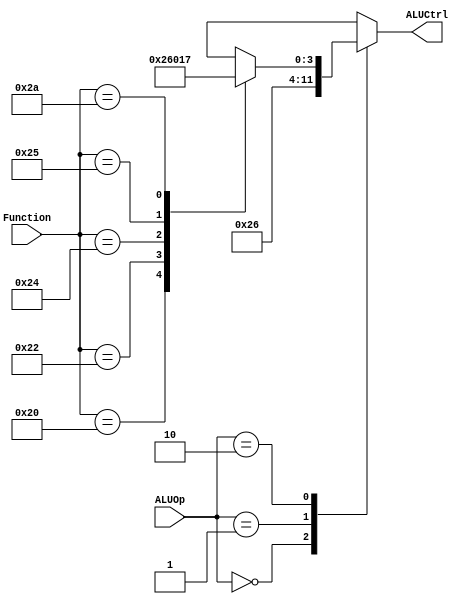
/*****************************************
 *           ALUControl Module           *
 *          George T. Gougoudis          *
 *****************************************/

module ALUControl
(
        input wire [5 : 0] Function,
        input wire [1 : 0] ALUOp,

        output reg [3 : 0] ALUCtrl
);

    always @(Function or ALUOp) begin
        case (ALUOp)
            //Lw, SW (add)
            2'b00 : ALUCtrl = 4'b0010;

            //Beq (substract)
            2'b01 : ALUCtrl = 4'b0110;

            //R-Type
            2'b10 :
                begin
                    case (Function)
                        // add
                        6'b100000 : ALUCtrl = 4'b0010;

                        // substract
                        6'b100010 : ALUCtrl = 4'b0110;

                        //AND
                        6'b100100 : ALUCtrl = 4'b0000;

                        //OR
                        6'b100101 : ALUCtrl = 4'b0001;

                        //slt
                        6'b101010 : ALUCtrl = 4'b0111;

                        default:
                            begin
                                ALUCtrl = 4'bx;
                                $display("[ALUCONTROL][%2d] Warning unkown function [%2d]",
                                    $time, Function);
                            end //default
                    endcase
                end //2'b10

            default:
                begin
                    ALUCtrl = 4'bx;
                    $display("[ALUCONTROL][%2d] Warning unkown operation [%2d]",
                        $time, ALUOp);
                end
        endcase
    end //always
endmodule